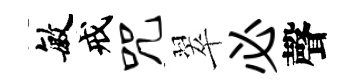
敏戒咒翠必聲